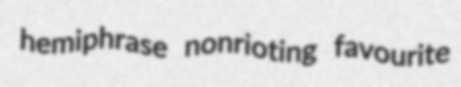
hemiphrase nonrioting favourite